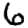
Digit: 6